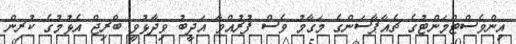
އިންވެސްޓްމަންޓުގެ ޗެއާޕާސަންގެ މަގާމު ވެސް ފުރުއްވާ އަދީބު ވިދާޅުވީ ބްރިޖް އެޅުމުގެ ކުރިން